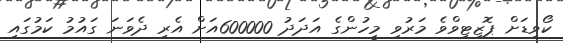
ކޯވިޑަށް ޕޮޒިޓިވްވެ މަރުވި މީހުންގެ އަދަދު 600000އަށް އެރި ދެވަނަ ގައުމު ކަމުގައި